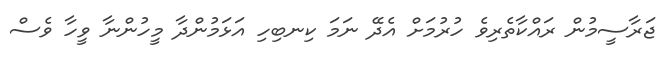
ޖަރާސީމުން ރައްކާތެރިވެ ހުރުމަށް އެދޭ ނަމަ ކިނބިހި އަޅަމުންދާ މީހުންނާ ވީހާ ވެސް